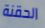
الحقنة